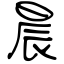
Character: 晨